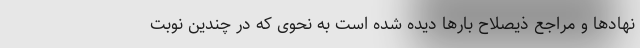
نهادها و مراجع ذیصلاح بارها دیده شده است به نحوی که در چندین نوبت